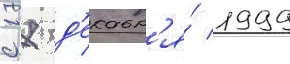
с 17 д'екабр'я́ 1999